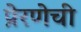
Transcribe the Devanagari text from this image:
प्रेरणेची